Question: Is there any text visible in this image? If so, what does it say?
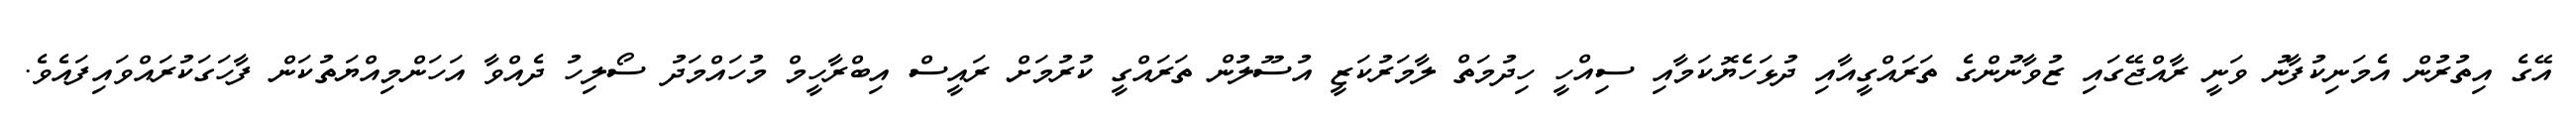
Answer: އޭގެ އިތުރުން އެމަނިކުފާނު ވަނީ ރާއްޖޭގައި ޒުވާނުންގެ ތަރައްގީއާއި ދުޅަހެޔޮކަމާއި ސިއްހީ ހިދުމަތް ލާމަރުކަޒީ އުސޫލުން ތަރައްގީ ކުރުމަށް ރައީސް އިބްރާހީމް މުހައްމަދު ސޯލިހު ދެއްވާ އަހަންމިއްޔަތުކަން ފާހަގަކުރައްވައިފައެވެ.